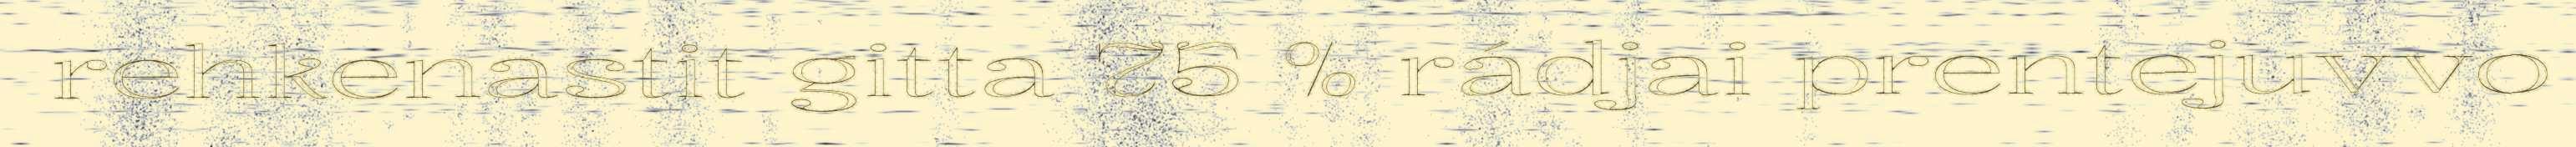
rehkenastit gitta 75 % rádjai prentejuvvo